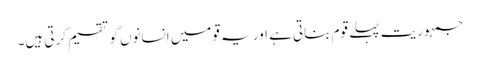
جمہوریت پہلے قوم بناتی ہے اور یہ قومیں انسانوں کو تقسیم کرتی ہیں۔